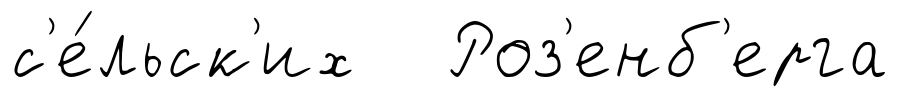
с'е́льск'их Роз'енб'ерга